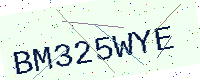
Text: BM325WYE